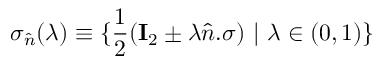
\sigma _ { \hat { n } } ( \lambda ) \equiv \{ \frac { 1 } { 2 } ( \mathbf { I } _ { 2 } \pm \lambda \hat { n } . \sigma ) ~ | ~ \lambda \in ( 0 , 1 ) \}